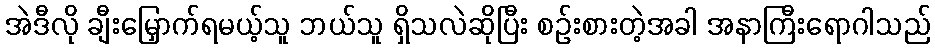
အဲဒီလို ချီးမြှောက်ရမယ့်သူ ဘယ်သူ ရှိသလဲဆိုပြီး စဉ်းစားတဲ့အခါ အနာကြီးရောဂါသည်